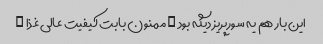
این بار هم یه سورپریز دیگه بود … ممنون بابت کیفیت عالی غذا …